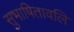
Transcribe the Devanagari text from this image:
सुभाषितावलि